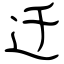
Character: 迁